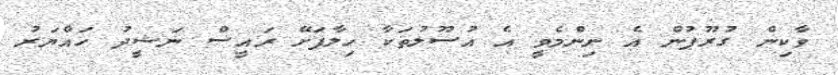
ވާކިން ގުރޫޕުން އެ ނިންމެވީ އެ އުސޫލުތަކާ ހިލާފަށޭ ރައީސް ނަޝީދު ހައްޔަރު